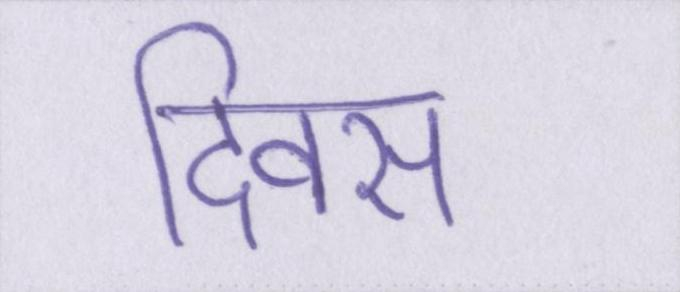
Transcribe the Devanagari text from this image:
दिवस